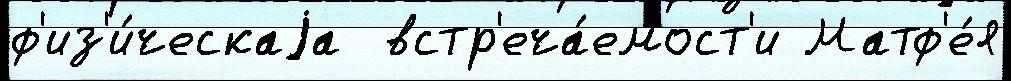
ф'из'и́ческаjа  встр'еча́емост'и Матф'е́я